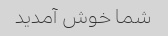
شما خوش آمدید